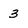
Character: 3